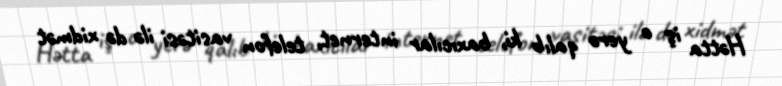
Hətta iş o yerə qalıb ki, baxıcılar internet, telefon vasitəsi ilə də xidmət